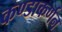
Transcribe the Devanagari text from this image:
कण्डाकर्णन